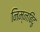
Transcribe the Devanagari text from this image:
निम्नबिंदु